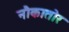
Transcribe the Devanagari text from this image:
नौकातोर